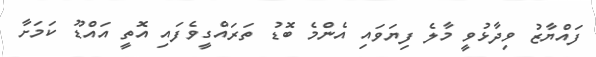
ފައްޔާޒު ވިދާޅުވީ މާލެ ފިޔަވައި އެންމެ ބޮޑު ތަރައްގީވެފައި އޮތީ އައްޑޫ ކަމަަށާ